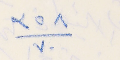
٣٥٨/٧٠